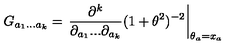
G _ { a _ { 1 } . . . a _ { k } } = \left. \frac { \partial ^ { k } } { \partial _ { a _ { 1 } } . . . \partial _ { a _ { k } } } ( 1 + \theta ^ { 2 } ) ^ { - 2 } \right| _ { \theta _ { a } = x _ { a } }